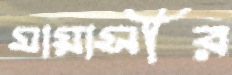
মায়াসীর